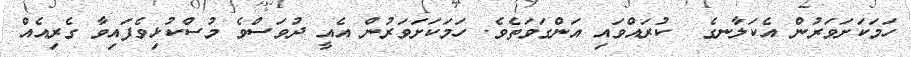
ހަމަކަށަވަރުން އެކަލާނގެ  ކުރައްވައި އަންގަވަތެވެ. ހަމަކަށަވަރުން އެއީ ދުވަސްވެ މުސްކުޅިވެފައިވާ ގެރިއެއް